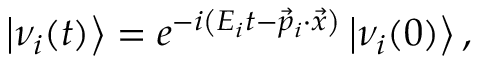
\left| \nu _ { i } ( t ) \right\rangle = e ^ { - i \left( E _ { i } t - { \vec { p } } _ { i } \cdot { \vec { x } } \right) } \left| \nu _ { i } ( 0 ) \right\rangle ,